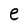
Character: e